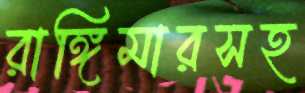
রাঙ্গিমারসহ